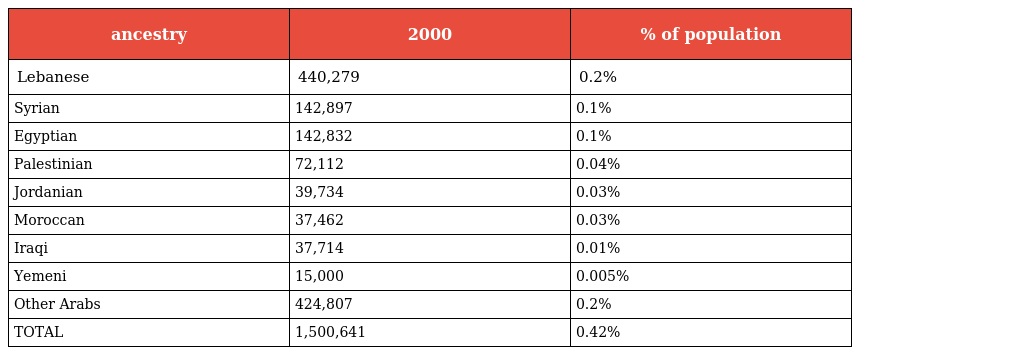
| ancestry | 2000 | % of population |
 | --- | --- | --- |
 | Lebanese | 440,279 | 0.2% |
 | Syrian | 142,897 | 0.1% |
 | Egyptian | 142,832 | 0.1% |
 | Palestinian | 72,112 | 0.04% |
 | Jordanian | 39,734 | 0.03% |
 | Moroccan | 37,462 | 0.03% |
 | Iraqi | 37,714 | 0.01% |
 | Yemeni | 15,000 | 0.005% |
 | Other Arabs | 424,807 | 0.2% |
 | TOTAL | 1,500,641 | 0.42% |